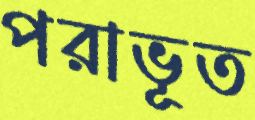
পরাভূত